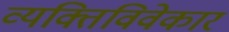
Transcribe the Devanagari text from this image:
व्यक्तिविवेकार